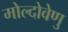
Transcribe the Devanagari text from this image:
मोल्दोवेणु